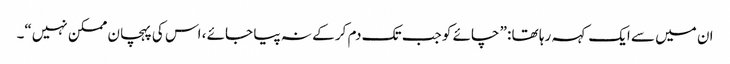
ان میں سے ایک کہہ رہا تھا :” چائے کو جب تک دم کر کے نہ پیا جائے ، اس کی پہچان ممکن نہیں“۔